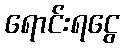
ရောင်းရငွေ